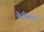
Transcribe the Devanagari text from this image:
फ़ैक्टिव